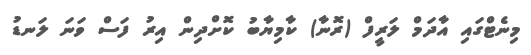
މިނެޓްގައި އާދަމް ލަރީފް (ރޮނާ) ކާމިޔާބު ކޮށްދިން އިރު ފަސް ވަނަ ލަނޑު